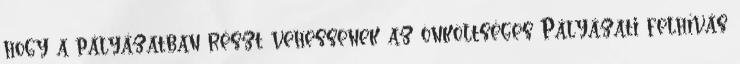
hogy a pályázatban részt vehessenek az önköltséges Pályázati felhívás